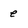
Character: e